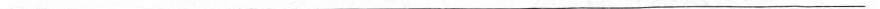
___